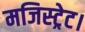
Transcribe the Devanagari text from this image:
मजिस्ट्रेट।